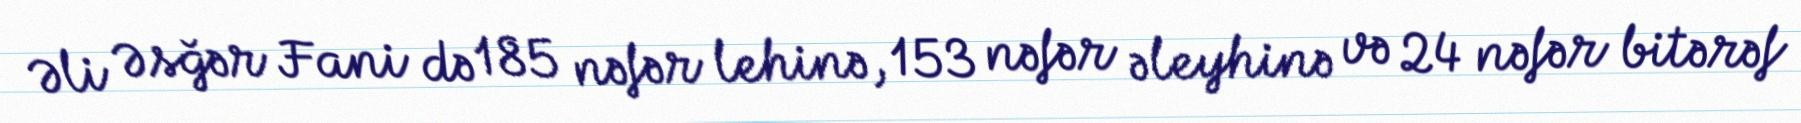
Əli Əsğər Fani də 185 nəfər lehinə, 153 nəfər əleyhinə və 24 nəfər bitərəf